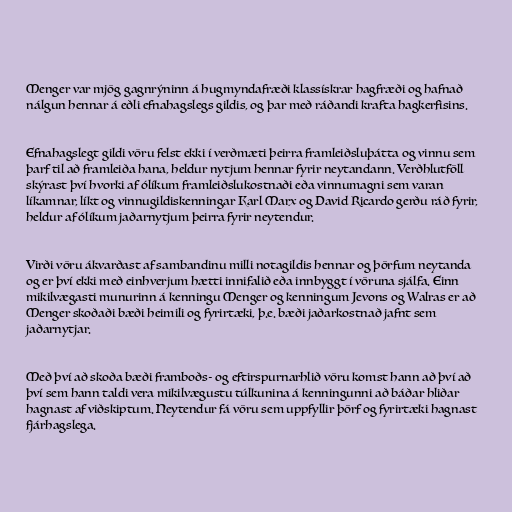
Menger var mjög gagnrýninn á hugmyndafræði klassískrar hagfræði og hafnað
nálgun hennar á eðli efnahagslegs gildis, og þar með ráðandi krafta hagkerfisins.

Efnahagslegt gildi vöru felst ekki í verðmæti þeirra framleiðsluþátta og vinnu sem
þarf til að framleiða hana, heldur nytjum hennar fyrir neytandann. Verðhlutföll
skýrast því hvorki af ólíkum framleiðslukostnaði eða vinnumagni sem varan
líkamnar, líkt og vinnugildiskenningar Karl Marx og David Ricardo gerðu ráð fyrir,
heldur af ólíkum jaðarnytjum þeirra fyrir neytendur.

Virði vöru ákvarðast af sambandinu milli notagildis hennar og þörfum neytanda
og er því ekki með einhverjum hætti innifalið eða innbyggt í vöruna sjálfa. Einn
mikilvægasti munurinn á kenningu Menger og kenningum Jevons og Walras er að
Menger skoðaði bæði heimili og fyrirtæki, þ.e. bæði jaðarkostnað jafnt sem
jaðarnytjar.

Með því að skoða bæði framboðs- og eftirspurnarhlið vöru komst hann að því að
því sem hann taldi vera mikilvægustu túlkunina á kenningunni að báðar hliðar
hagnast af viðskiptum. Neytendur fá vöru sem uppfyllir þörf og fyrirtæki hagnast
fjárhagslega.